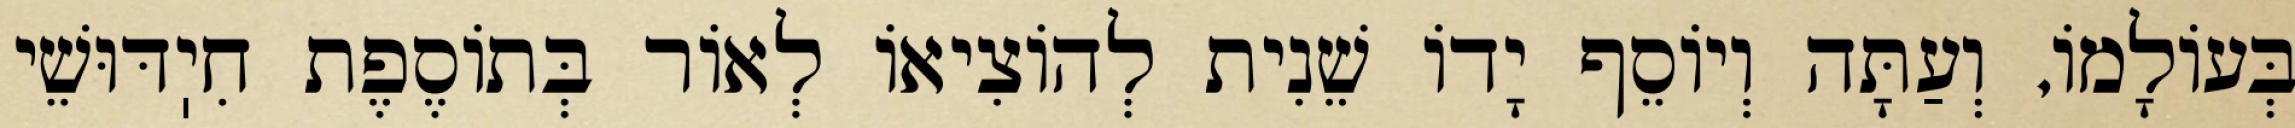
בְּעוֹלָמוֹ, וְעַתָּה וְיוֹסֵף יָדוֹ שֵׁנִית לְהוֹצִיאוֹ לְאוֹר בְּתוֹסֶפֶת חִיֽדּוּשֵׁי